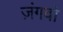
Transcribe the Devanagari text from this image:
ज़ंगबो